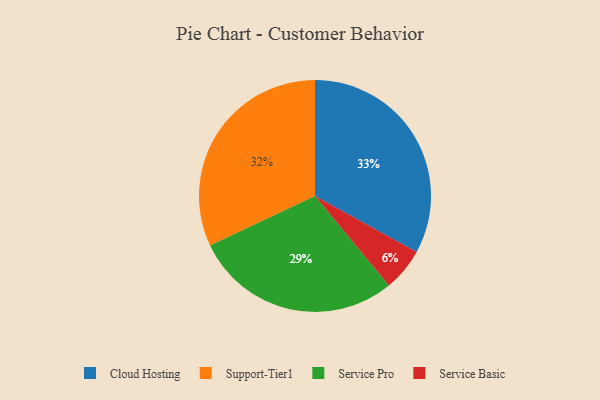
{"axis": {"x": "Category", "y": "Percentage"}, "legend": ["Cloud Hosting", "Service Basic", "Service Pro", "Support-Tier1"], "data": [{"x": "Service Basic", "y": 6, "type": "Service Basic"}, {"x": "Cloud Hosting", "y": 33, "type": "Cloud Hosting"}, {"x": "Support-Tier1", "y": 32, "type": "Support-Tier1"}, {"x": "Service Pro", "y": 29, "type": "Service Pro"}]}